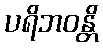
ပရိဘဝန္တိ